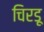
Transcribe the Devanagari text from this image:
चिरडू